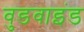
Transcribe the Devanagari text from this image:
वुडवाइंड